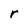
Character: r